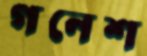
গনেশ